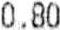
0.80